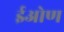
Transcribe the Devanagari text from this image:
ईओण